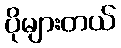
ပိုများတယ်